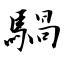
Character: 騧